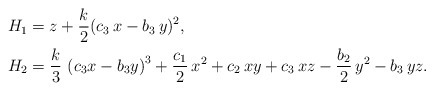
\begin{align*} H_1 &= z+\frac{k}2(c_3\,x-b_3\, y)^2, \\H_2&=\frac{k}3\, \left( c_{3}x-b_{3}y \right)^{3}+\frac{c_1}{2}\,{x}^{2}+c_{2}\,xy+c_{3}\,xz-\frac{b_2}{2}\,{y}^{2}-b_{3}\,yz. \end{align*}